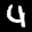
Label: 4